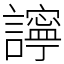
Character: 𧭈